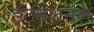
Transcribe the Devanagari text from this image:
इंटर्नशनल